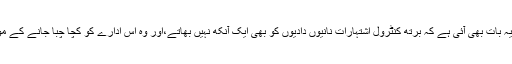
ویسے مشاہدے میں یہ بات بھی آئی ہے کہ برتھ کنٹرول اشتہارات نانیوں دادیوں کو بھی ایک آنکھ نہیں بھاتے،اور وہ اس ادارے کو کچا چبا جانے کے موڈ میں نظر آتی ہیں ۔